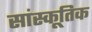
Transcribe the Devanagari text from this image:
सांस्कूतिक